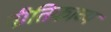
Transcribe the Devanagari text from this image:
नीतिकाव्य